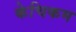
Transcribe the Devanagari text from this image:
केचिकम